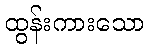
ထွန်းကားသော